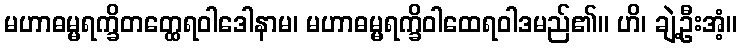
မဟာဓမ္မရက္ခိတတ္ထေရဝါဒေါနာမ၊ မဟာဓမ္မရက္ခိဝါထေရဝါဒမည်၏။ ဟိ၊ ချဲ့ဦးအံ့။